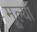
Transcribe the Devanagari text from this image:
मूल्यां